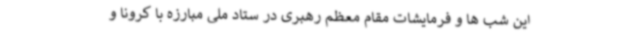
این شب ها و فرمایشات مقام معظم رهبری در ستاد ملی مبارزه با کرونا و